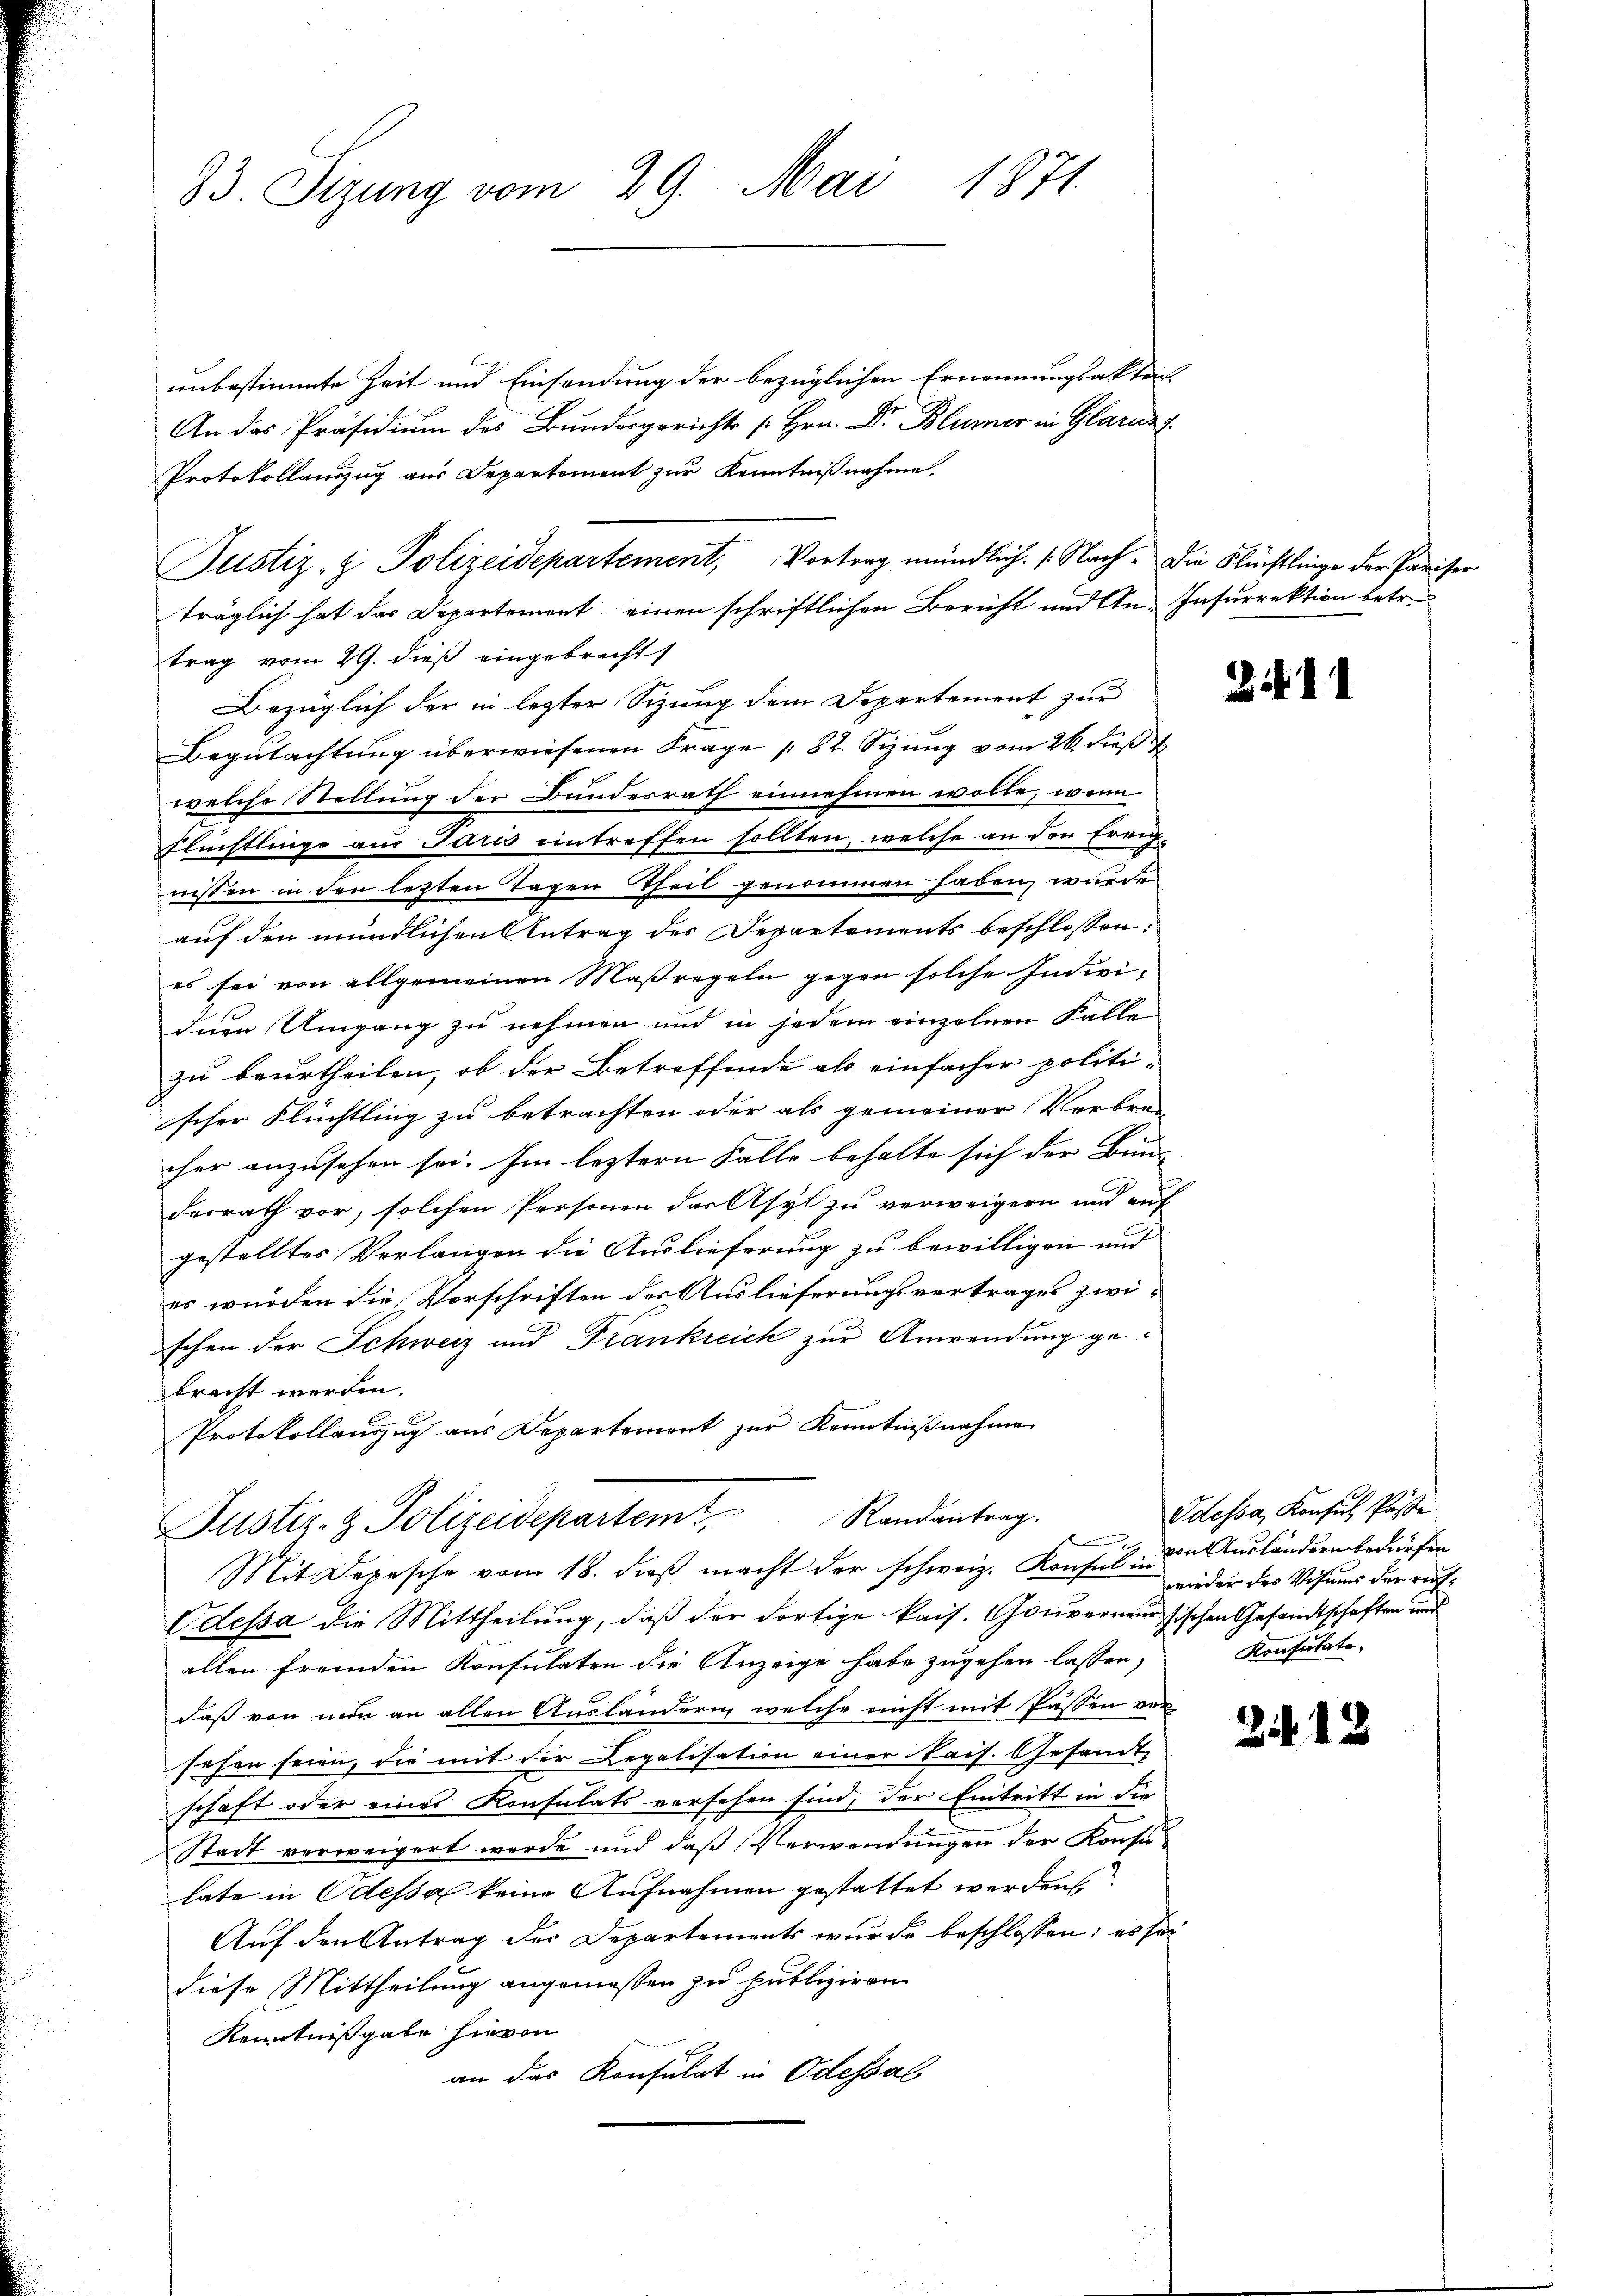
33. Sizung vom 29. Mai 1871

unbestimmte Zeit und Einsendung der bezüglichen Ernennungsakten.
An das Präsidium des Bundergerichts [ Hrn. Dr. Blümer in Glarus f
Protokollauszug aus Departement zur Kenntnißnahme.
träglich hat das Departement einen schriftlichen Bericht und An-Insurrektion betr.
trag vom 29. dieß eingebracht
Bezüglich der in lezter Sizung dem Departement zur
Begutachtung überwiesenen Frage /82. Sizung vom 26. dieß
welche Stellung der Bunderrath einnehmen wolle, wenn
Flüchtlinge aus Juris eintreffen sollten, welche an den Ereignissen in den letzten Tagen Theil genommen haben, wurden
auf den mündlichen Antrag des Departements beschlossen:
es sei von allgemeinen Maßregeln gegen solche Individnen Umgang zu nehmen und in jedem einzelnen Falle
zu beurtheilen, ob der Betreffende als einfacher politi-
scher Flüchtling zu betrachten oder als gemeiner Verbre-
cher anzusehen sei. Im leztern Falle behalte sich der Bun-
derrath vor, solchen Personen der Asyl zu verweigern und auf
gestelltes Verlangen die Auslieferung zu bewilligen und
es wurden die Vorschriften der Auslieferungsvertrages zwischen der Schweiz und Frankreich zur Anwendung gebracht werden.
Protokollauszug aus Departement zur Kenntnißnahme
Justiz- & Polizeidepartemt. Randantrag.
l
Mit Depesche vom 18. dieβ macht der schweiz. Konsul von Ausländern bedürfen
Odessa die Mittheilung, daß der dortige kais. Gouverneur Fischen Gesandtschaften und
allen fremden Konsulaten die Anzeige habe zugehen lassen,
daß von nun an allen Ausländerin welche nicht mit Passen versehen seien, die mit der Legalisation einer kais. Gesandt-
schaft oder eines Konsulats versehen sind, der Eintritt in die
Stadt verweigert werde und daß Verwendungen der Konsulate in Odessa keine Aufnahmen gestattet werden
Auf den Antrag der Departements wurde beschlossen: es sei
diese Mittheilung angemessen zu publiziren
Kenntnißgabe hievon
an das Konsulat in Odessal

Justiz- & Polizeidepartement, Vortrag mündlich. (Nach. Die Flüchtlinge der Pariser

31411

Odessa, Konsul Pässe
wieder des Visums der rich¬
Konsulate,

212